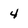
Character: 4